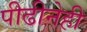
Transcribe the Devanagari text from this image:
पीढीनेही